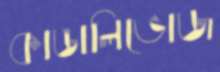
কাঙালিভোজ